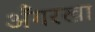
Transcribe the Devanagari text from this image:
अँगरखा